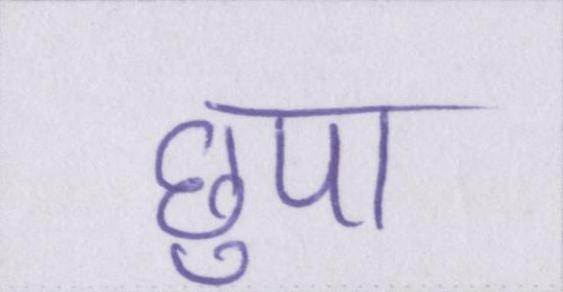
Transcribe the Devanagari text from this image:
छुपा